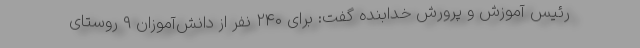
رئیس آموزش و پرورش خدابنده گفت: برای ۲۴۰ نفر از دانش‌آموزان ۹ روستای